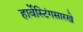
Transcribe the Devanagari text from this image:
हार्वेस्टिंगसारखे